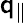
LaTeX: \mathsf{q}_{\parallel}